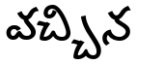
వచ్చిన